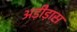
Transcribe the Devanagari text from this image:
अड़ीड़ास